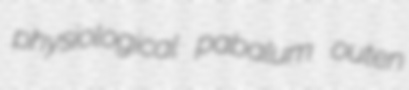
physiological pabalum outen